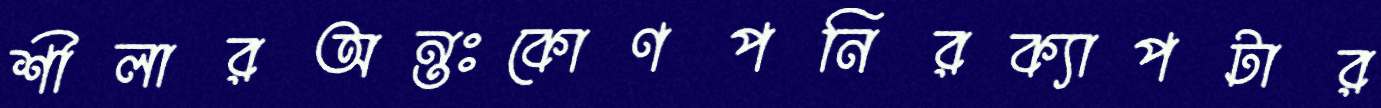
শীলারঅন্তঃকোণপনিরক্যাপটার